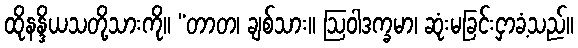
ထိုနန္ဒိယသတို့သားကို။ “တာတ၊ ချစ်သား။ ဩဝါဒက္ခမာ၊ ဆုံးမခြင်းငှာခံ့သည်။